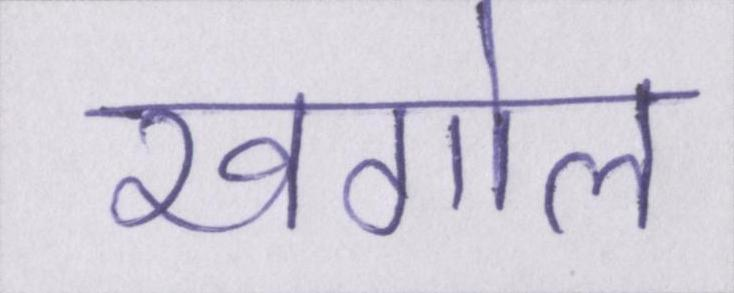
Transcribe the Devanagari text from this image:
खगोल